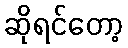
ဆိုရင်တော့